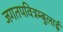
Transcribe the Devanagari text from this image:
जगतपवित्रम्बुलाई